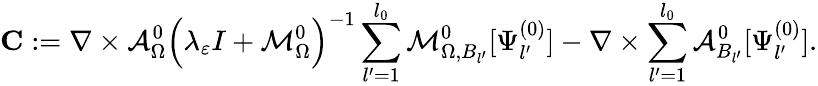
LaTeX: \mathbf{C}:=\nabla\times\mathcal{A}_{\Omega}^{0}\Big(\lambda_{\varepsilon}I+\mathcal{M}_{\Omega}^{0}\Big)^{-1}\sum_{l^{\prime}=1}^{l_{0}}\mathcal{M}_{\Omega,B_{l^{\prime}}}^{0}[\Psi_{l^{\prime}}^{(0)}]-\nabla\times\sum_{l^{\prime}=1}^{l_{0}}\mathcal{A}_{B_{l^{\prime}}}^{0}[\Psi_{l^{\prime}}^{(0)}].